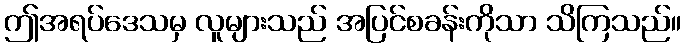
ဤအရပ်ဒေသမှ လူများသည် အပြင်စခန်းကိုသာ သိကြသည်။